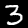
Label: 3